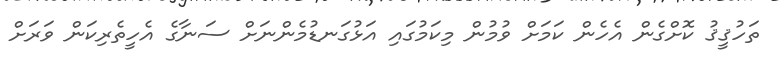
ތަހުޤީޤު ކޮށްގެން އެހެން ކަމަށް ވުމުން މިކަމުގައި އަޅުގަނޑުމެންނަށް ސަނާގެ އެހީތެރިކަން ވަރަށް